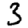
Digit: 3